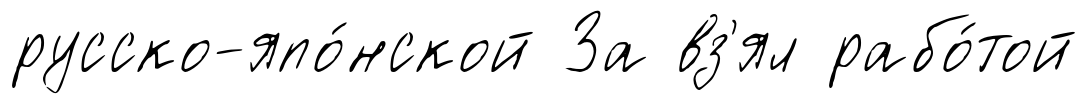
русско-япо́нской За вз'ял рабо́той